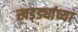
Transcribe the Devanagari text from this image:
खड्ड्यांच्या